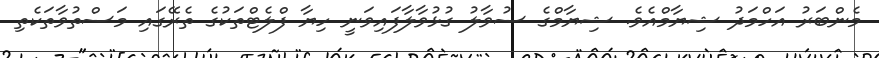
މެންބަރު އަހްމަދު ޝިޔާމްއެވެ. ޝިޔާމްގެ ސުވާލު ގުޅުވާލާފައިވަނީ ހިޔާ ފްލެޓްތަކުގެ ތެރޭގައި މަސްތުވާތަކެތި